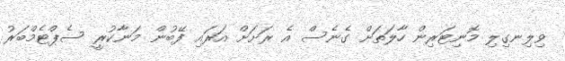
ވިލިނގިލި މޮނިޓަރިން ހާލަތަށް ގެނެސް އެ ރަށަށް އަރައި ފޭބުން މަނާކުރީ ސެޕްޓެމްބަރު